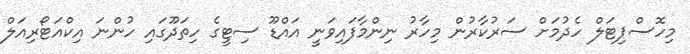
މިހޮސްޕިޓަލް ހެދުމަށް ސަރުކާރުން މިހާރު ނިންމާފައިވަނީ އައްޑޫ ސިޓީގެ ހިތަދޫގައި ހުންނަ އިކްއަޓޯރިއަލް